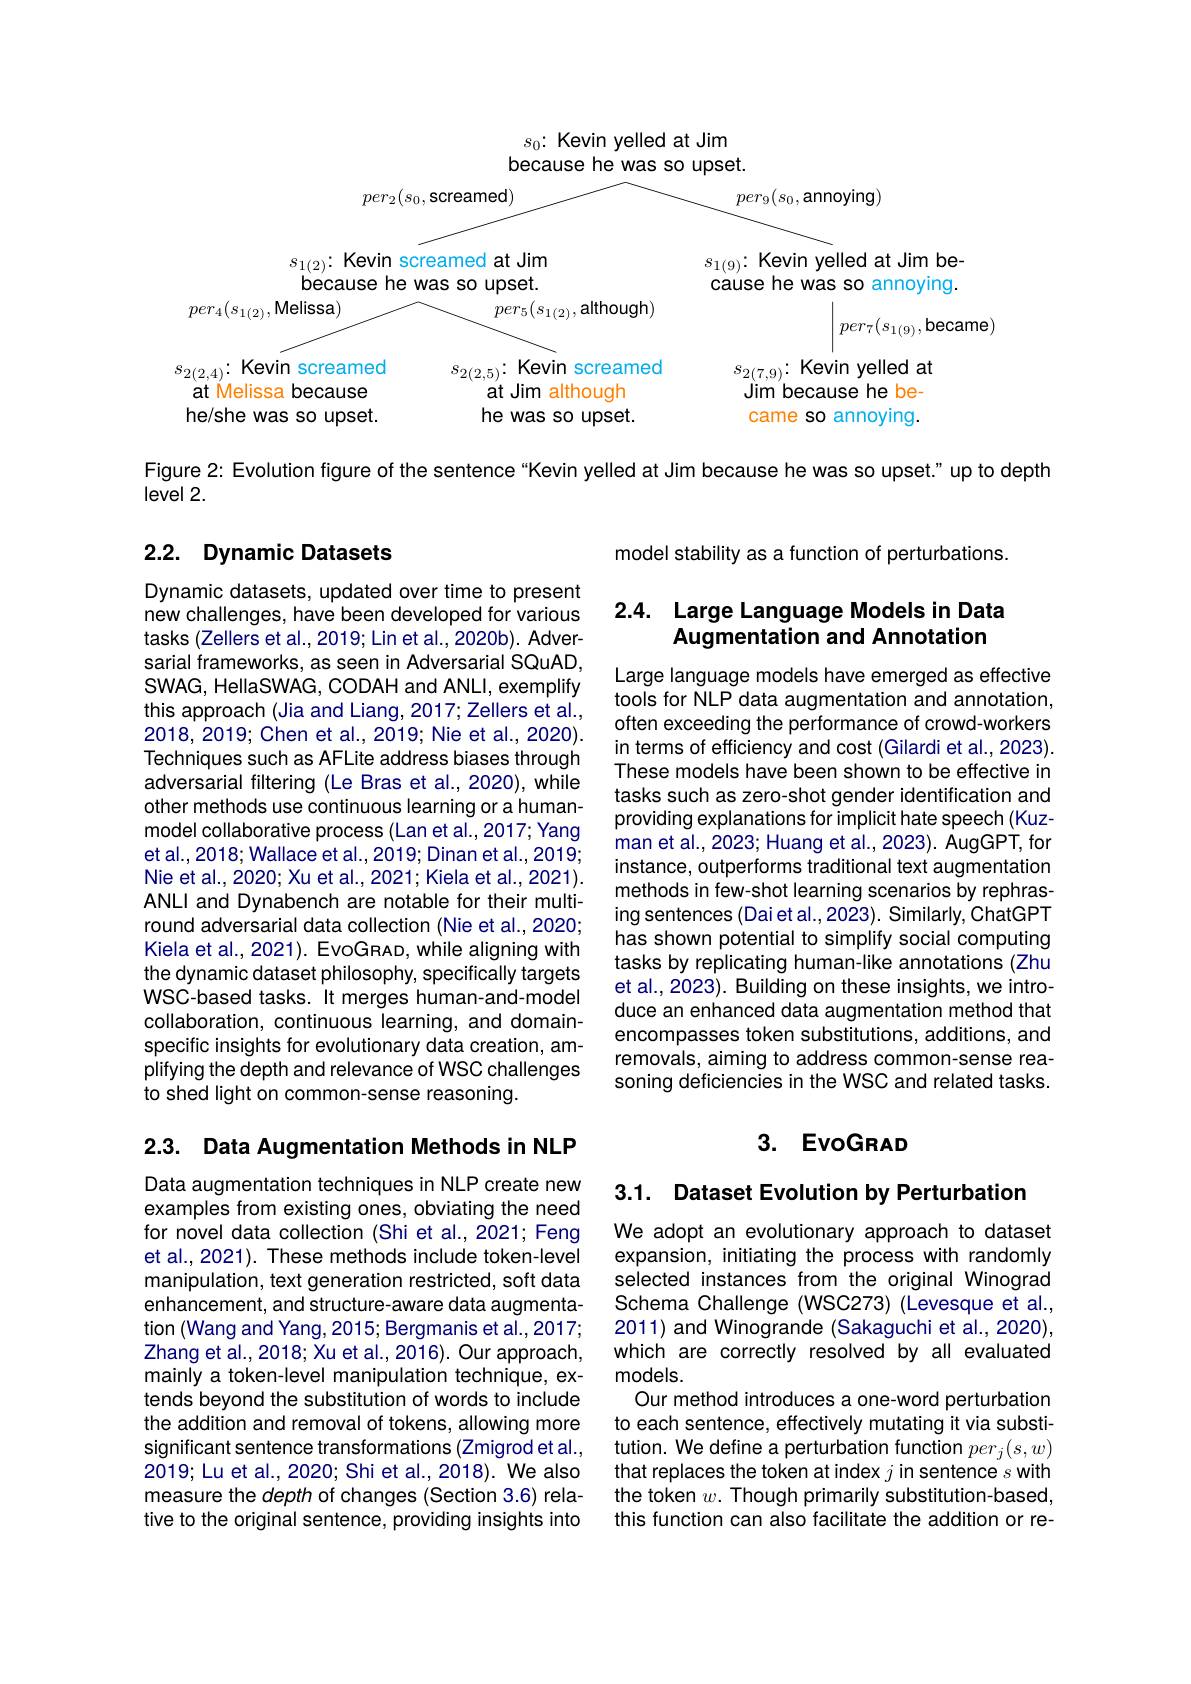
<FigureHere>

Figure 2: Evolution figure of the sentence “Kevin yelled at Jim because he was so upset." up to depth

level 2.

## 2.2. Dynamic Datasets

model stability as a function of perturbations.

## 2.4. Large Language Models in Data Augmentation and Annotation

Dynamic datasets, updated over time to present new challenges, have been developed for various tasks (Zellers et al., 2019; Lin et al., 2020b). Adversarial frameworks, as seen in Adversarial SQuAD, SWAG, HellaSWAG, CODAH and ANLI, exemplify this approach (Jia and Liang, 2017; Zellers et al., 2018,2019; Chen et al., 2019; Nie et al., 2020). Techniques such as AFLite address biases through adversarial filtering (Le Bras et al., 2020), while other methods use continuous learning or a humanmodel collaborative process (Lan et al., 2017; Yang et al., 2018; Wallace et al., 2019; Dinan et al., 2019; Nie et al., 2020; Xu et al., 2021; Kiela et al., 2021). ANLI and Dynabench are notable for their multiround adversarial data collection (Nie et al., 2020; Kiela et al., 2021). EvoGRAD, while aligning with the dynamic dataset philosophy, specifically targets WSC-based tasks. It merges human-and-model collaboration, continuous learning, and domainspecific insights for evolutionary data creation, amplifying the depth and relevance of WSC challenges to shed light on common-sense reasoning.

Large language models have emerged as effective tools for NLP data augmentation and annotation, often exceeding the performance of crowd-workers in terms of efficiency and cost (Gilardi et al., 2023) These models have been shown to be effective in tasks such as zero-shot gender identification and providing explanations for implicit hate speech (Kuzman et al., 2023; Huang et al., 2023). AugGPT, for instance, outperforms traditional text augmentation methods in few-shot learning scenarios by rephrasing sentences (Dai et al., 2023). Similarly, ChatGPT has shown potential to simplify social computing tasks by replicating human-like annotations (Zhu et al., 2023). Building on these insights, we introduce an enhanced data augmentation method that encompasses token substitutions, additions, and removals, aiming to address common-sense reasoning deficiencies in the WSC and related tasks.

### 3. EvoGRAD

2.3. Data Augmentation Methods in NLP

3.1. Dataset Evolution by Perturbation

Data augmentation techniques in NLP create new examples from existing ones, obviating the need for novel data collection (Shi et al.,2021; Feng et al., 2021). These methods include token-level manipulation, text generation restricted, soft data enhancement, and structure- aware data augmentation (Wang and Yang, 2015; Bergmanis et al., 2017; Zhang et al. , 2018; Xu et al. , 2016) . Our approach, mainly a token-level manipulation technique, extends beyond the substitution of words to include the addition and removal of tokens, allowing more significant sentence transformations (Zmigrod et al., 2019; Lu et al., 2020; Shi et al., 2018). We also measure the depth of changes (Section 3.6) relative to the original sentence, providing insights into

We adopt an evolutionary approach to dataset expansion, initiating the process with randomly selected instances from the original Winograd Schema Challenge (WSC273) (Levesque et al., 2011) and Winogrande (Sakaguchi et al., 2020), which are correctly resolved by all evaluated models.
Our method introduces a one-word perturbation to each sentence, effectively mutating it via substitution. We define a perturbation function $per_j(s,w)$ that replaces the token at index $j$ in sentence $s$ with the token $w.$ Though primarily substitution-based, this function can also facilitate the addition or re-